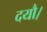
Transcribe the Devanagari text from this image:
दयौ।